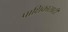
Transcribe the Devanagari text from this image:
पाक्षिकासाठी